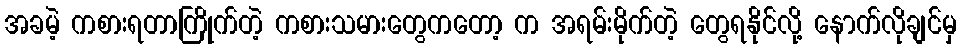
အခမဲ့ ကစားရတာကြိုက်တဲ့ ကစားသမားတွေကတော့ က အရမ်းမိုက်တဲ့ တွေရနိုင်လို့ နောက်လိုချင်မှ